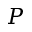
P